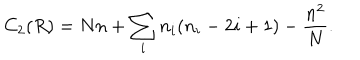
C _ { 2 } ( R ) = N n + \sum _ { i } n _ { i } ( n _ { i } - 2 i + 1 ) - \frac { n ^ { 2 } } { N } .